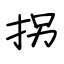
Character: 拐